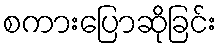
စကားပြောဆိုခြင်း